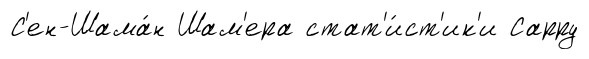
С'ен-Шама́н Шам'ера стат'и́ст'ик'и Сарру